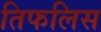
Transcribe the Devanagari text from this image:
तिफलिस